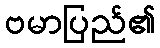
ဗမာပြည်၏